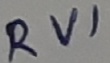
Text: RV1